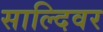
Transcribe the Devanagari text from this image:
साल्दिवर